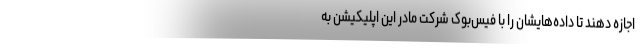
اجازه دهند تا داده‌هایشان را با فیس‌بوک شرکت مادر این اپلیکیشن به